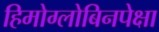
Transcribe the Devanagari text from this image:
हिमोग्लोबिनपेक्षा